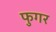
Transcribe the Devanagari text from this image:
फुगर